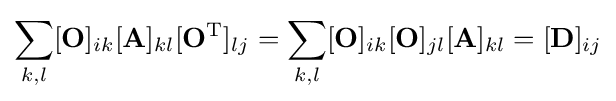
\sum _{k,l}[\mathbf {O} ]_{ik}[\mathbf {A} ]_{kl}[\mathbf {O} ^{\mathrm {T} }]_{lj}=\sum _{k,l}[\mathbf {O} ]_{ik}[\mathbf {O} ]_{jl}[\mathbf {A} ]_{kl}=[\mathbf {D} ]_{ij}